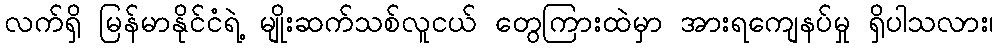
လက်ရှိ မြန်မာနိုင်ငံရဲ့ မျိုးဆက်သစ်လူငယ် တွေကြားထဲမှာ အားရကျေနပ်မှု ရှိပါသလား၊